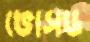
ভোসড